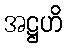
အဋ္ဌဟိ